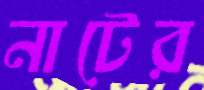
নাটের